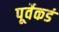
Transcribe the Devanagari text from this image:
पूर्वेकडं